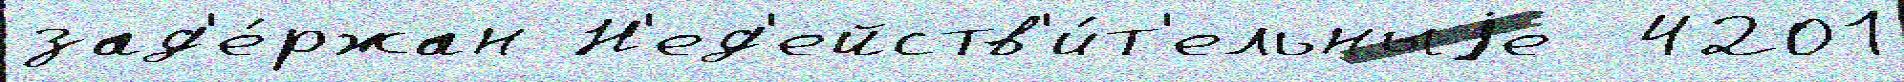
зад'е́ржан Н'ед'ейств'и́т'ельныjе  4201